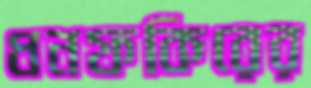
ধনফকিরের